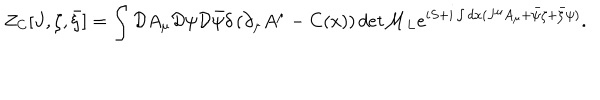
Z _ { C } [ J , \zeta , \bar { \zeta } ] = \int { \cal D } A _ { \mu } { \cal D } \psi { \cal D } \bar { \psi } \delta \left( \partial _ { \mu } A ^ { \mu } - C ( x ) \right) d e t { \cal M } _ { L } e ^ { i S + i \int d x ( J ^ { \mu } A _ { \mu } + \bar { \psi } \zeta + \bar { \zeta } \psi ) } .